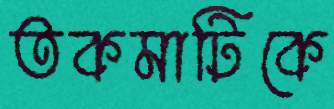
তকমাটিকে